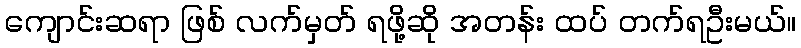
ကျောင်းဆရာ ဖြစ် လက်မှတ် ရဖို့ဆို အတန်း ထပ် တက်ရဦးမယ်။